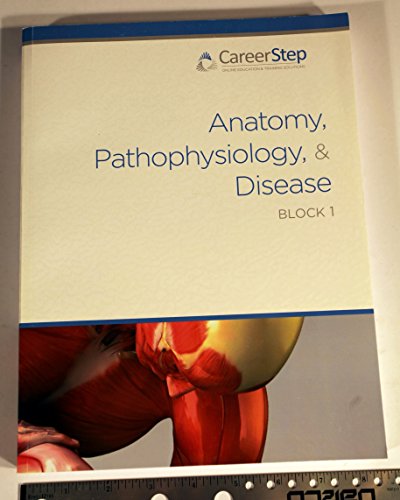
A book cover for Anatomy, Pathophysiology, and Disease Processes, Block One (Career Step: Medical Transcription Editor Program Companion); Medical Books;